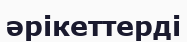
әрікеттерді